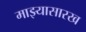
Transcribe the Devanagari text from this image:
माझ्यासारख